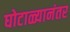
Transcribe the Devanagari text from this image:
घोटाळ्यानंतर